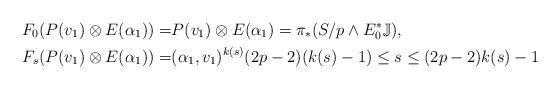
LaTeX: \begin{align*}\ F_0(P(v_1)\otimes E(\alpha_1))=&P(v_1)\otimes E(\alpha_1)=\pi_*(S/p \wedge E_0^*\mathbb{J}), \\ F_{s}(P(v_1)\otimes E(\alpha_1))=&(\alpha_1,v_1)^{k(s)} (2p-2)(k(s)-1)\le s \le(2p-2)k(s)-1\end{align*}